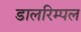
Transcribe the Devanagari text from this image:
डालरिम्पल